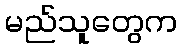
မည်သူတွေက